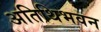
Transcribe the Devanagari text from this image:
अतिथिभवन